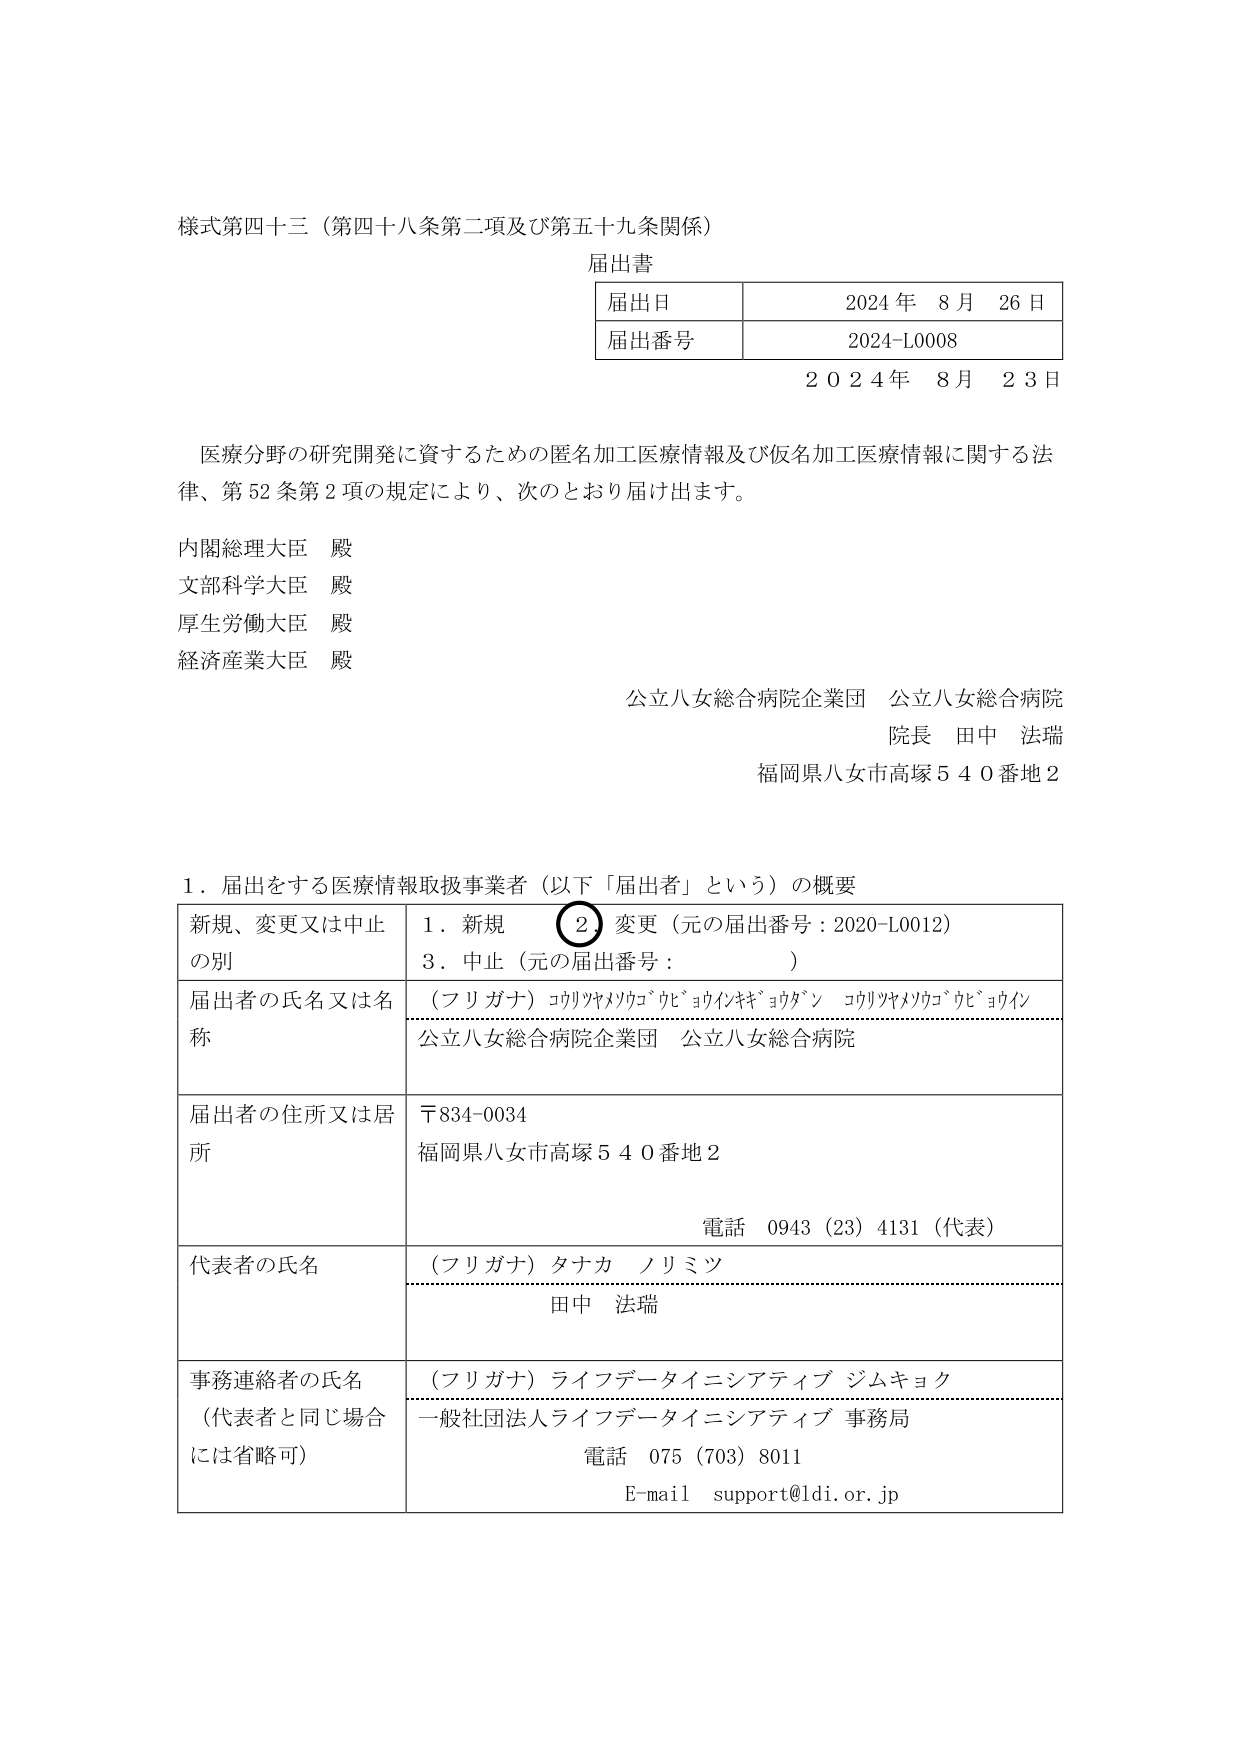
様式第四十三（第四十八条第二項及び第五十九条関係）

届出書

| 届出日 | 2024年 8月 26日 |
| 届出番号 | 2024-L0008 |

2024年 8月 23日

医療分野の研究開発に資するための匿名加工医療情報及び仮名加工医療情報に関する法律、第52条第2項の規定により、次のとおり届け出ます。

内閣総理大臣 殿
文部科学大臣 殿
厚生労働大臣 殿
経済産業大臣 殿

公立八女総合病院企業団 公立八女総合病院
院長 田中 法瑞
福岡県八女市高塚540番地2

1．届出をする医療情報取扱事業者（以下「届出者」という）の概要

| 新規、変更又は中止の別 | 1．新規 2．変更（元の届出番号：2020-L0012） 3．中止（元の届出番号：　　　　　） |
| 届出者の氏名又は名称 | （フリガナ）コウリツヤメツウゴウビョウインキョウギョウダン コウリツヤメツウゴウビョウイン<br>公立八女総合病院企業団 公立八女総合病院 |
| 届出者の住所又は居所 | 〒834-0034<br>福岡県八女市高塚540番地2<br>電話 0943（23）4131（代表） |
| 代表者の氏名 | （フリガナ）タナカ ノリミツ<br>田中 法瑞 |
| 事務連絡者の氏名（代表者と同じ場合には省略可） | （フリガナ）ライフデータイニシアティブ ジムキョク<br>一般社団法人ライフデータイニシアティブ 事務局<br>電話 075（703）8011<br>E-mail support@ldi.or.jp |